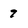
Character: 9